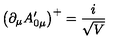
\left( \partial _ { \mu } A _ { 0 \mu } ^ { \prime } \right) ^ { + } = \frac { i } { \sqrt { V } }